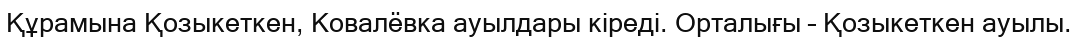
Құрамына Қозыкеткен, Ковалёвка ауылдары кіреді. Орталығы – Қозыкеткен ауылы.